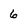
Character: 6